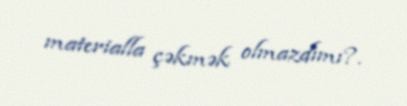
materialla çəkmək olmazdımı?.